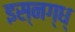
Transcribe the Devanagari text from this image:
इस्नग्ध्